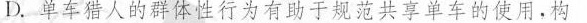
D.单车猎人的群体性行为有助于规范共享单车的使用，构